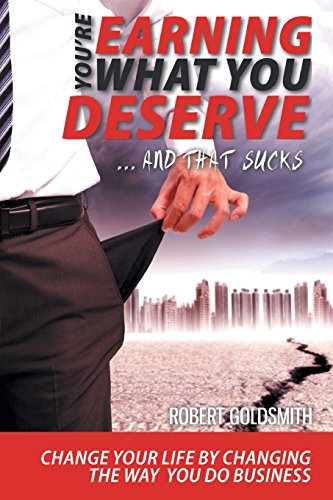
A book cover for You Re Earning What You Deserve and That Sucks - Improve Your Business and Your Life by Changing the Way You Do Business; Robert Goldsmith; Business & Money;